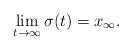
LaTeX: \begin{align*}\lim_{t \rightarrow \infty} \sigma(t) = x_{\infty}.\end{align*}